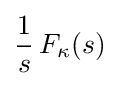
{\frac {1}{s}}\,F_{\kappa }(s)